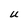
Character: U